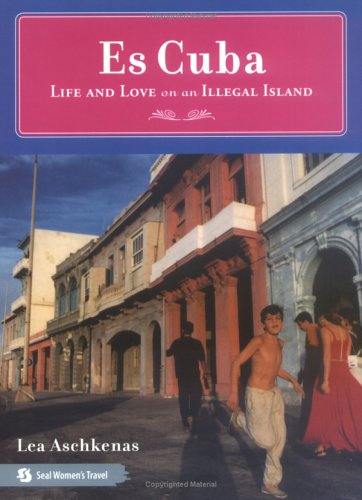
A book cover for Es Cuba: Life and Love on an Illegal Island; Lea Aschkenas; Travel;